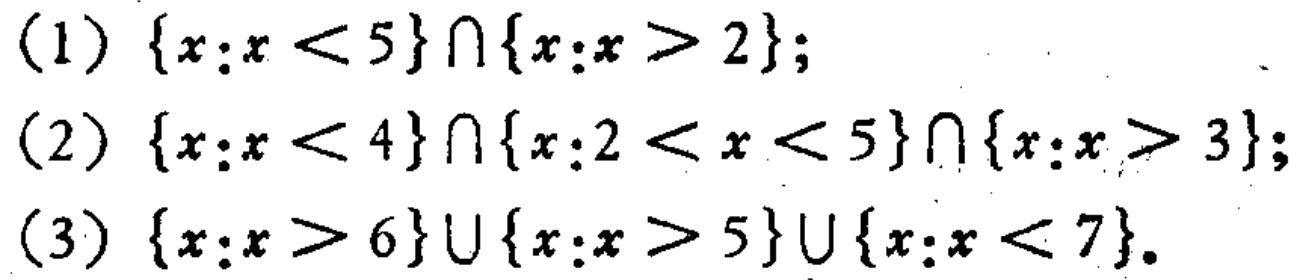
(1) \(\{x:x < 5\} \cap \{x:x > 2\}\);

(2) \(\{x:x < 4\} \cap \{x:2 < x < 5\} \cap \{x:x > 3\}\);

(3) \(\{x:x > 6\} \cup \{x:x > 5\} \cup \{x:x < 7\}\).